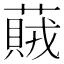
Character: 𦽒